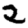
Digit: 2